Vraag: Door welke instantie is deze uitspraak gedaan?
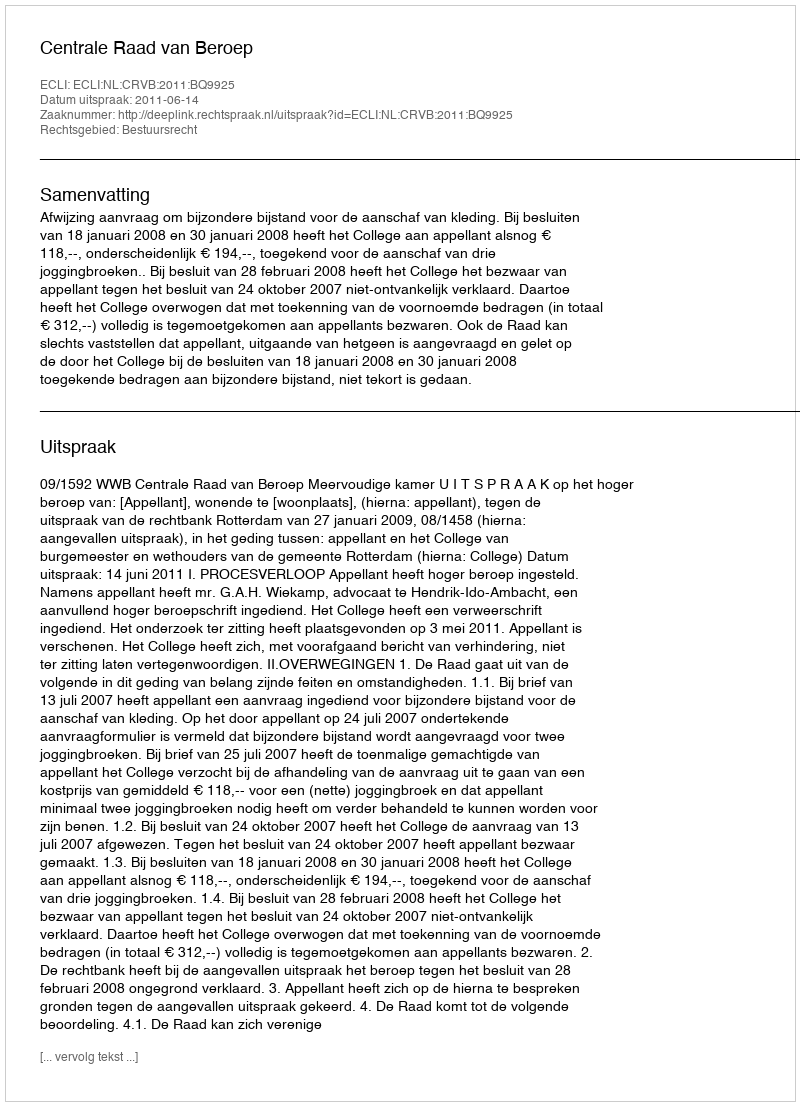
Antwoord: Centrale Raad van Beroep